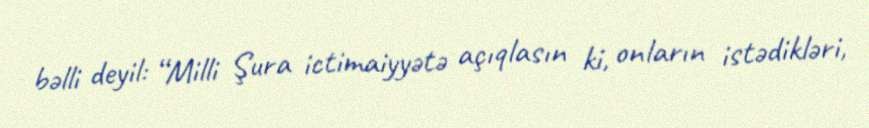
bəlli deyil: “Milli Şura ictimaiyyətə açıqlasın ki, onların istədikləri,